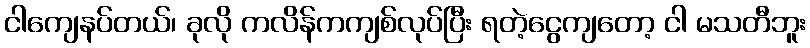
ငါကျေနပ်တယ်၊ ခုလို ကလိန်ကကျစ်လုပ်ပြီး ရတဲ့ငွေကျတော့ ငါ မသတီဘူး